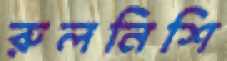
রুলনিশি